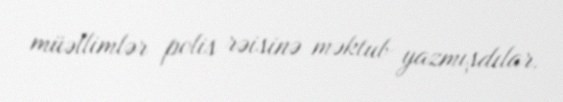
müəllimlər polis rəisinə məktub yazmışdılar.